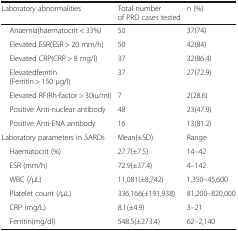
<table><thead><tr><td><b>Laboratory abnormalities</b></td><td><b>Total number of PRD cases tested</b></td><td><b>n (%)</b></td></tr></thead><tbody><tr><td> Anaemia(haematocrit &lt; 33%)</td><td>50</td><td>37(74)</td></tr><tr><td> Elevated ESR(ESR &gt; 20 mm/h)</td><td>50</td><td>42(84)</td></tr><tr><td> Elevated CRP(CRP &gt; 8 mg/l)</td><td>37</td><td>32(86.4)</td></tr><tr><td> Elevatedferritin (Ferritin &gt; 150 μg/l)</td><td>37</td><td>27(72.9)</td></tr><tr><td> Elevated RF(Rh-factor &gt; 30iu/ml)</td><td>7</td><td>2(28.6)</td></tr><tr><td> Positive Anti-nuclear antibody</td><td>48</td><td>23(47.9)</td></tr><tr><td> Positive Anti-ENA antibody</td><td>16</td><td>13(81.2)</td></tr><tr><td>Laboratory parameters in SARDs</td><td>Mean(±SD)</td><td>Range</td></tr><tr><td> Haematocrit (%)</td><td>27.7(±7.5)</td><td>14–42</td></tr><tr><td> ESR (mm/h)</td><td>72.9(±37.4)</td><td>4–142</td></tr><tr><td> WBC (/μL)</td><td>11,081(±8,742)</td><td>1,350–45,600</td></tr><tr><td> Platelet count (/μL)</td><td>336,166(±191,938)</td><td>81,200–820,000</td></tr><tr><td> CRP (mg/L)</td><td>8.1(±4.9)</td><td>3–21</td></tr><tr><td> Ferritin(mg/dl)</td><td>548.5(±273.4)</td><td>62–2,140</td></tr></tbody></table>